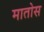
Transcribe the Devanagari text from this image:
मातोस